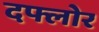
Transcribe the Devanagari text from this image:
दफ्लोर